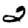
Digit: 2